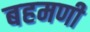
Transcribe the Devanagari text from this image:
बहमणी